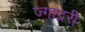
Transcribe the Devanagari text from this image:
ज्गा़द्ररी